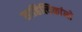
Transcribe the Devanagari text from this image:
साहित्यिकांनो